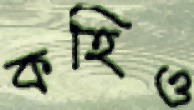
কহিও